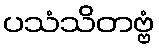
ပသံသိတဗ္ဗံ